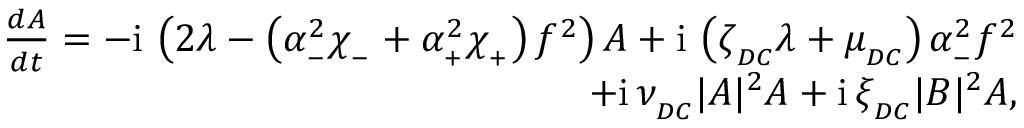
\begin{array} { r } { \frac { d A } { d t } = - \mathrm { i } \, \left( 2 \lambda - \left( \alpha _ { _ - } ^ { 2 } \chi _ { _ - } + \alpha _ { _ + } ^ { 2 } \chi _ { _ + } \right) f ^ { 2 } \right) A + \mathrm { i } \, \left( \zeta _ { _ { D C } } \lambda + \mu _ { _ { D C } } \right) \alpha _ { _ - } ^ { 2 } f ^ { 2 } } \\ { + \mathrm { i } \, \nu _ { _ { D C } } | A | ^ { 2 } A + \mathrm { i } \, \xi _ { _ { D C } } | B | ^ { 2 } A , } \end{array}